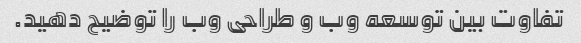
تفاوت بین توسعه وب و طراحی وب را توضیح دهید.